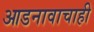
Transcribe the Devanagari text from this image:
आडनावाचाही